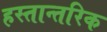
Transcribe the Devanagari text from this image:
हस्तान्तरिक